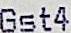
GST4